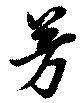
芳